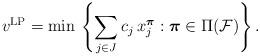
LaTeX: \begin{align*}v^{\textrm{LP}} = \min \, \left\{\sum_{j \in J} c_j \, x^{\boldsymbol{\pi}}_j: \boldsymbol{\pi} \in\Pi(\mathcal{F})\right\}.\end{align*}